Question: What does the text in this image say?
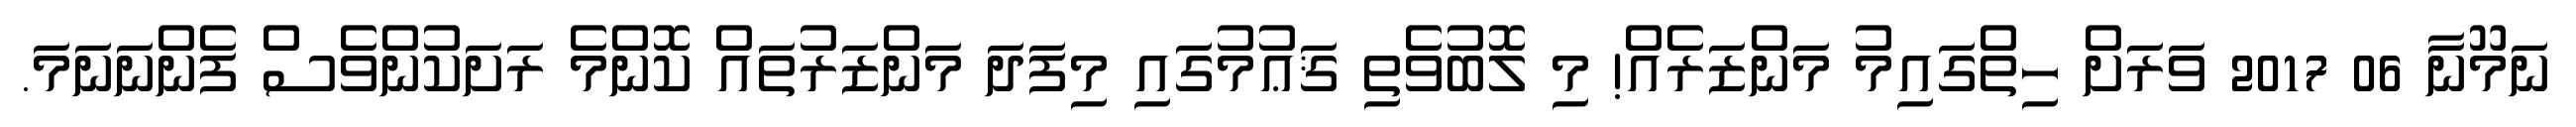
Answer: ނަމޫނާ 06 2017 ވަރަށް ހިތްގައިމު މަންޒަރެއް! މި ލޮބުވެތި ޤަޢުމުގައި މިފަދަ މަންޒަރުތައް ކޮންމެ ރަށަކުންވެސް ފެންނަނަމަ.